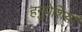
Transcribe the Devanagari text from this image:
हनुपेशियाँ